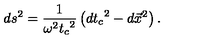
d s ^ { 2 } = \frac { 1 } { \omega ^ { 2 } { t _ { c } } ^ { 2 } } \left( { d t _ { c } } ^ { 2 } - d \vec { x } ^ { 2 } \right) .